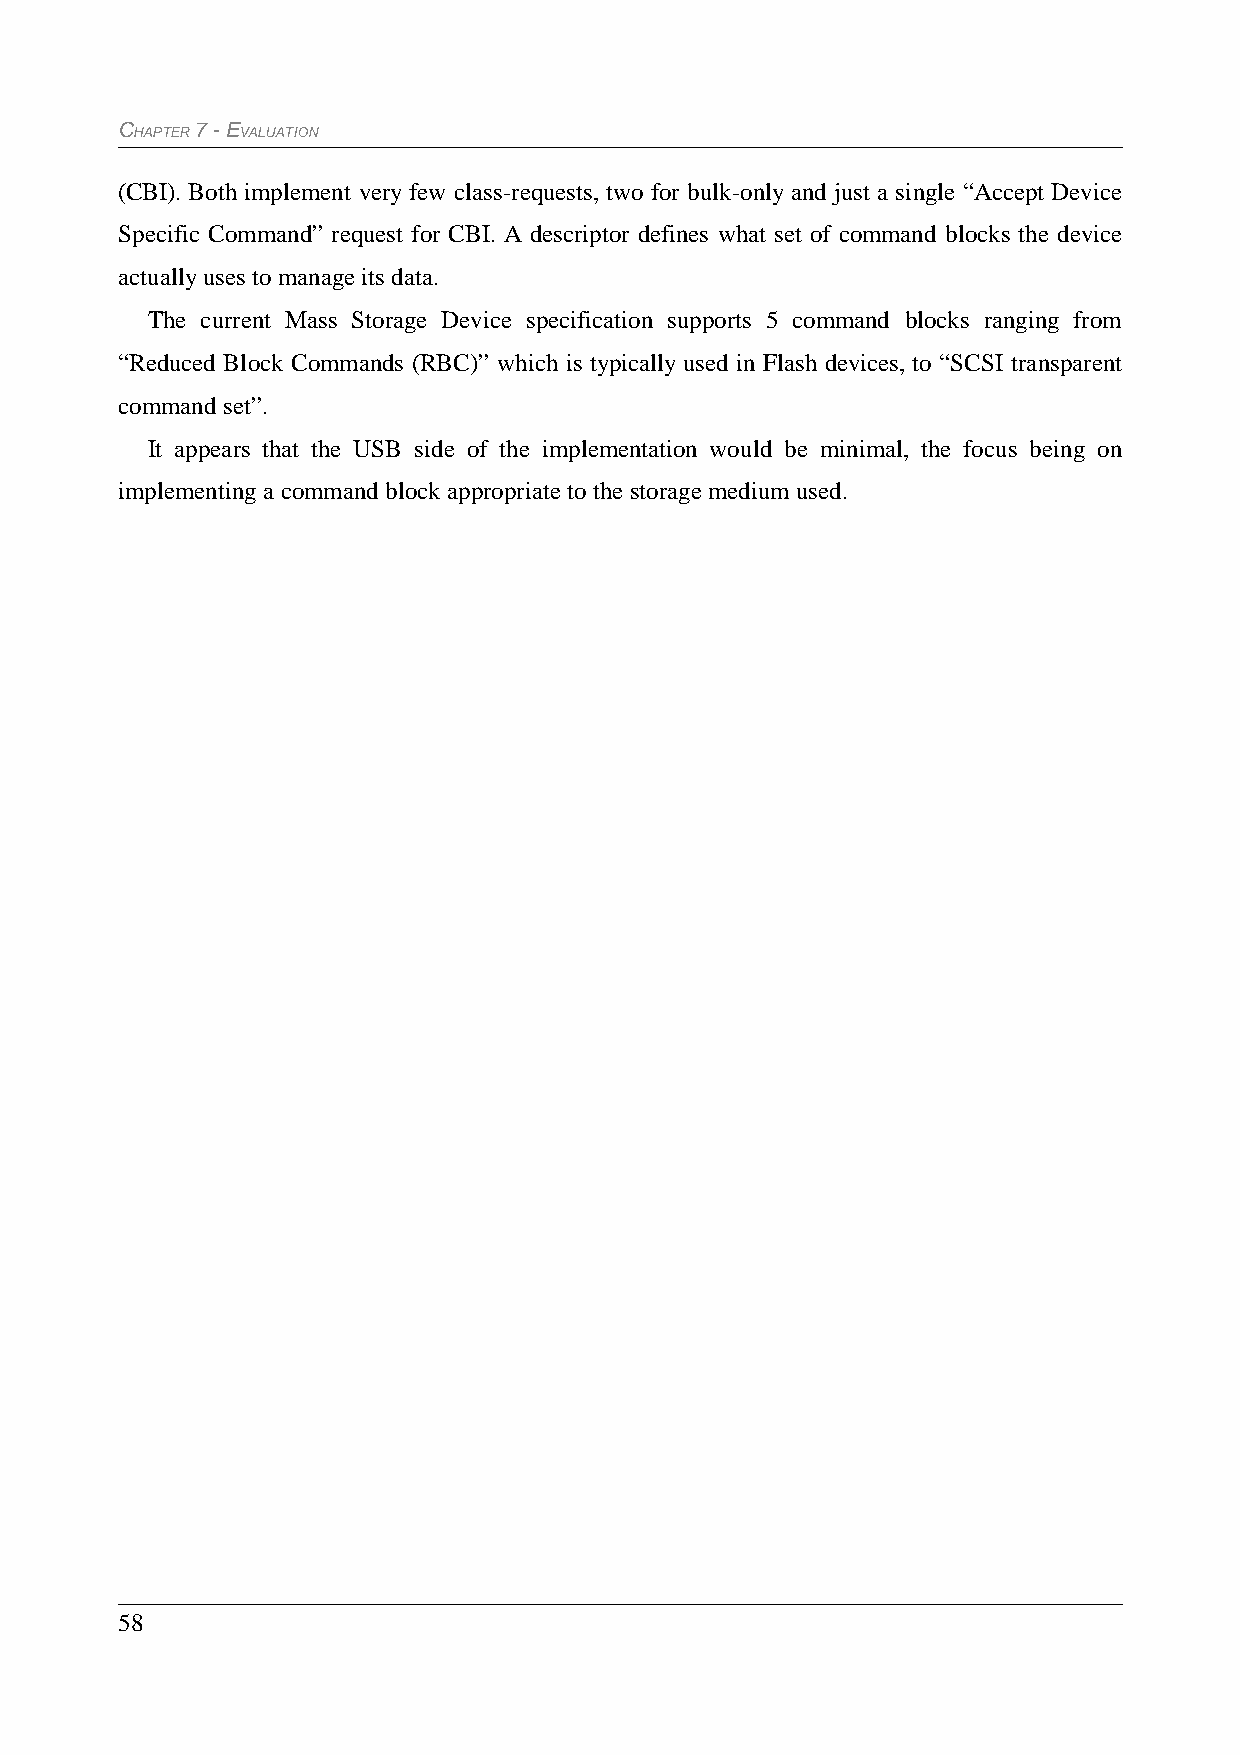
CHAPTER 7 - EVALUATION
 (CBI). Both implement very few class-requests, two for bulk-only and just a single “Accept Device
 Specific Command” request for CBI. A descriptor defines what set of command blocks the device
 actually uses to manage its data.
 The current Mass Storage Device specification supports 5 command blocks ranging from
 “Reduced Block Commands (RBC)” which is typically used in Flash devices, to “SCSI transparent
 command set”.
 It appears that the USB side of the implementation would be minimal, the focus being on
 implementing a command block appropriate to the storage medium used.
 58